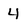
Character: 4